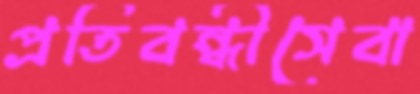
প্রতিবন্ধীসেবা